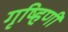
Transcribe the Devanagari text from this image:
गृष्हिणी